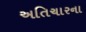
અતિચારના